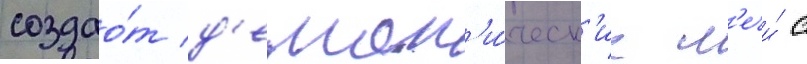
создао́т д'емон'и́ческ'ие м'ечи́ с